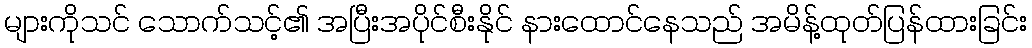
များကိုသင် သောက်သင့်၏ အပြီးအပိုင်စီးနိုင် နားထောင်နေသည် အမိန့်ထုတ်ပြန်ထားခြင်း